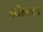
લૉહાણા